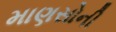
માણસોની